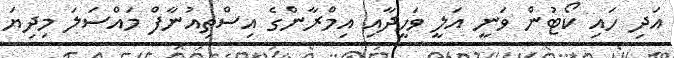
އަދި ހައި ކޯޓުން ވަނީ އަލީ ވަހީދާއި އިމްރާންގެ އިސްތިއުނާފް މައްސަލަ މިދިޔަ